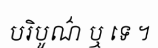
បរិបូណ៌ ឬ ទេ ។